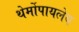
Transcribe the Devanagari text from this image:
थेर्मोपायलेय